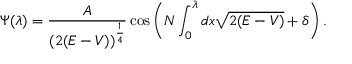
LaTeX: \Psi ( \lambda ) = \frac { A } { ( 2 ( E - V ) ) ^ { \frac { 1 } { 4 } } } \cos \left( N \int _ { 0 } ^ { \lambda } d x \sqrt { 2 ( E - V ) } + \delta \right) .